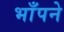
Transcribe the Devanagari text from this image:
भाँपने